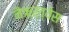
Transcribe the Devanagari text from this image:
नैऋर्त्येस